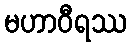
မဟာဝီရဿ